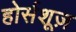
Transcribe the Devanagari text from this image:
होर्सशूज़